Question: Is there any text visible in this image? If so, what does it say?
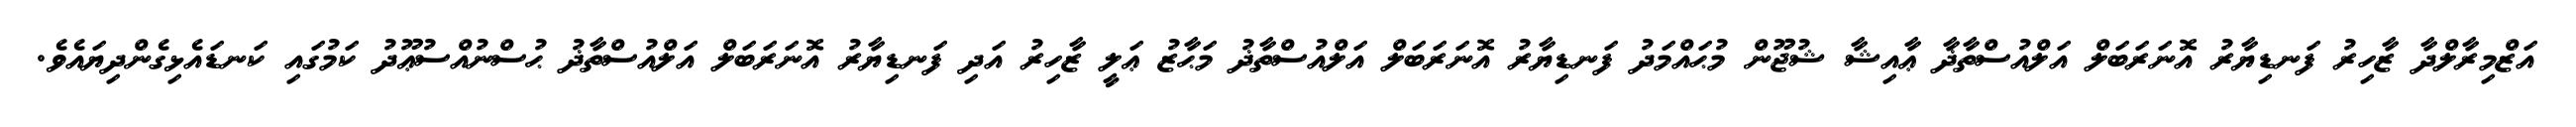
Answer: އަޒްމިރާލްދާ ޒާހިރު ފަނޑިޔާރު އޮނަރަބަލް އަލްއުސްތާޛާ ޢާއިޝާ ޝުޖޫން މުޙައްމަދު ފަނޑިޔާރު އޮނަރަބަލް އަލްއުސްތާޛު މަޙާޒު ޢަލީ ޒާހިރު އަދި ފަނޑިޔާރު އޮނަރަބަލް އަލްއުސްތާޛު ޙުސްނުއްސުޢޫދު ކަމުގައި ކަނޑައެޅިގެންދިޔައެވެ.